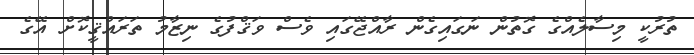
ތުރުކީ މިސާލެއްގެ ގޮތުން ނަގައިގެން ރާއްޖޭގައި ވެސް ވަޤްފުގެ ނިޒާމު ތަރައްޤީކޮށް އޭގެ